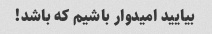
بیایید امیدوار باشیم که باشد!